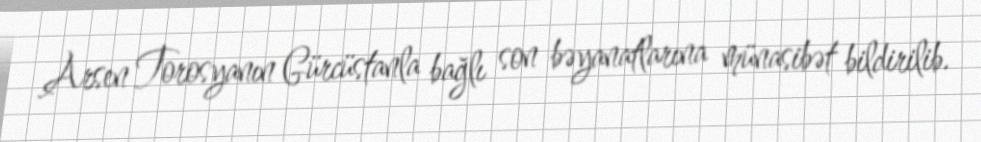
Arsen Torosyanın Gürcüstanla bağlı son bəyanatlarına münasibət bildirilib.